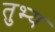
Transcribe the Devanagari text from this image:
तुभ्य